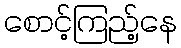
စောင့်ကြည့်နေ